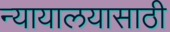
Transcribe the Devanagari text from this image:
न्यायालयासाठी